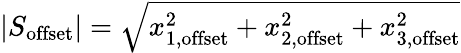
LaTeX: |S_{\mathrm{offset}}|=\sqrt{x_{1,\mathrm{offset}}^{2}+x_{2,\mathrm{offset}}^{2}+x_{3,\mathrm{offset}}^{2}}